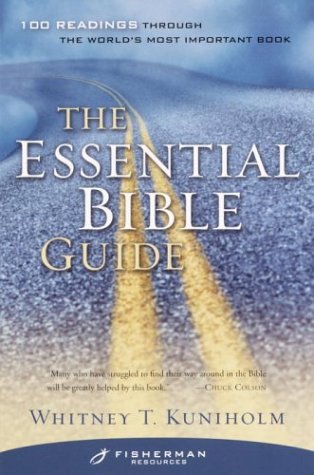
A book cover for The Essential Bible Guide: 100 Readings Through the World's Most Important Book; Whitney Kuniholm; Religion & Spirituality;